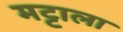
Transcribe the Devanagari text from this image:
मट्टाला